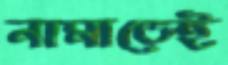
নামাতেই